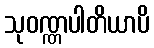
သုဝဏ္ဏပါတိယာပိ